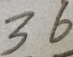
3 6